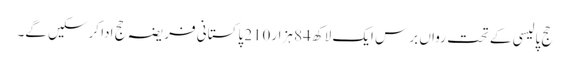
حج پالیسی کے تحت رواں برس ایک لاکھ 84 ہزار210 پاکستانی فریضہ حج ادا کرسکیں گے۔